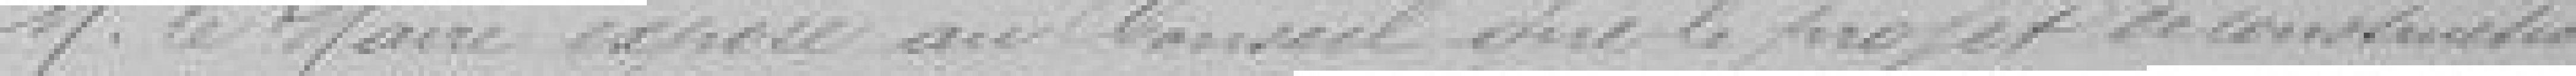
Monsieur le maire expose au Conseil que le projet de construction